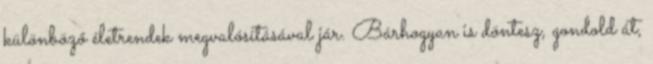
különböző életrendek megvalósításával jár. Bárhogyan is döntesz, gondold át,